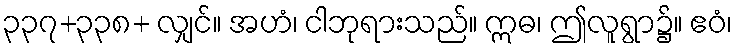
၃၃၇+၃၃၈+ လျှင်။ အဟံ၊ ငါဘုရားသည်။ ဣဓ၊ ဤလူရွာ၌။ ဧဝံ၊